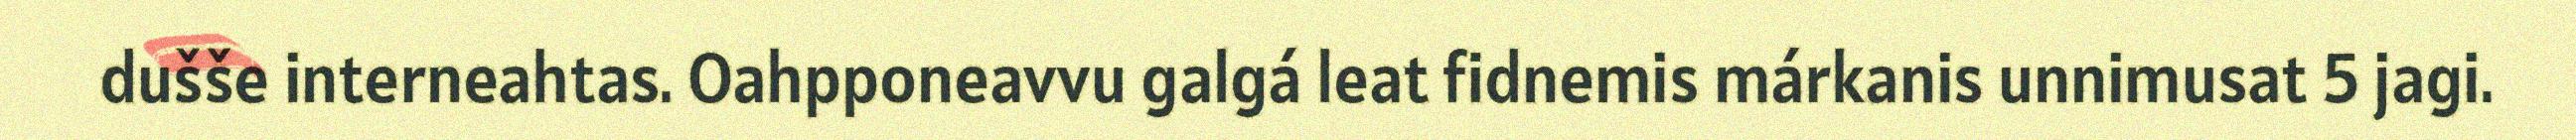
dušše interneahtas. Oahpponeavvu galgá leat fidnemis márkanis unnimusat 5 jagi.